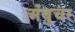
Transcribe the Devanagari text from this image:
अँबुचर